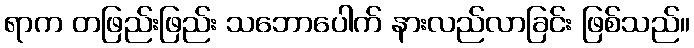
ရာက တဖြည်းဖြည်း သဘောပေါက် နားလည်လာခြင်း ဖြစ်သည်။